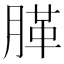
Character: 䐙